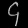
Digit: ၄